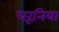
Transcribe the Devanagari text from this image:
धरूनिया